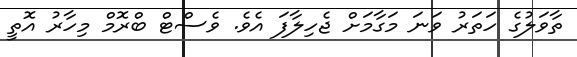
ތާވަލުގެ ހަތަރު ވަނަ މަގާމަށް ޖެހިލާފަ އެވެ. ވެސްޓް ބްރޮމް މިހާރު އޮތީ